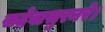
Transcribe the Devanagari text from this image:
सदेवासुरनरे।